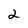
Character: 2